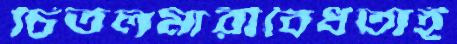
চিতলমারীবৈধতাই